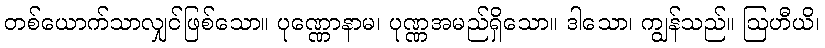
တစ်ယောက်သာလျှင်ဖြစ်သော။ ပုဏ္ဏောနာမ၊ ပုဏ္ဏအမည်ရှိသော။ ဒါသော၊ ကျွန်သည်။ ဩဟီယိ၊